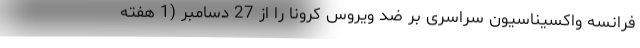
فرانسه واکسیناسیون سراسری بر ضد ویروس کرونا را از 27 دسامبر (1 هفته